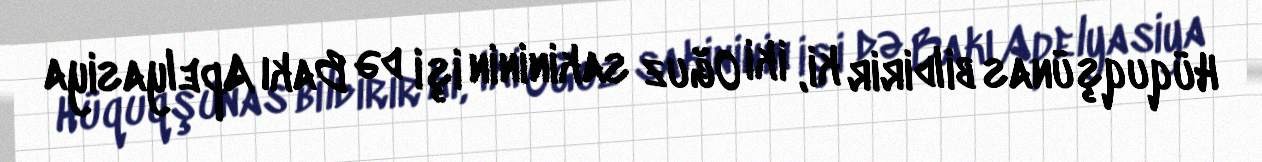
Hüquqşünas bildirir ki, iki Oğuz sakininin işi də Bakı Apelyasiya